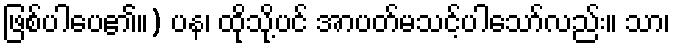
ဖြစ်ပါပေ၏။) ပန၊ ထိုသို့ပင် အာပတ်မသင့်ပါသော်လည်း။ သာ၊